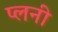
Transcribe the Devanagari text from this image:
प्लनी